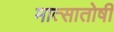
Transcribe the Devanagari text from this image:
मात्सातोषी